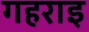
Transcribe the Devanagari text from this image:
गहराइ